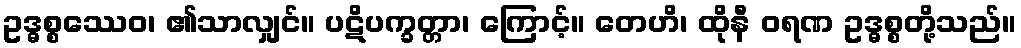
ဥဒ္ဓစ္စဿေဝ၊ ၏သာလျှင်။ ပဋိပက္ခတ္တာ၊ ကြောင့်။ တေဟိ၊ ထိုနီ ဝရဏ ဥဒ္ဓစ္စတို့သည်။